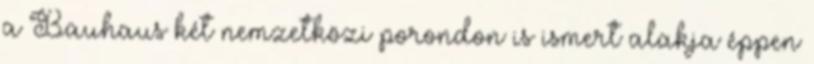
a Bauhaus két nemzetközi porondon is ismert alakja éppen